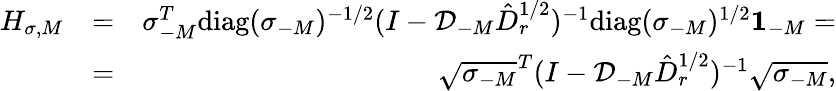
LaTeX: \begin{array}{rlr}{H_{\sigma,M}}&{=}&{\sigma_{-M}^{T}\mathrm{diag}({\sigma_{-M}})^{-1/2}(I-\mathcal{D}_{-M}\hat{D}_{r}^{1/2})^{-1}\mathrm{diag}({\sigma_{-M}})^{1/2}{\mathbf 1}_{-M}=}\\ &{=}&{\sqrt{\sigma_{-M}}^{T}(I-\mathcal{D}_{-M}\hat{D}_{r}^{1/2})^{-1}\sqrt{\sigma_{-M}},}\end{array}